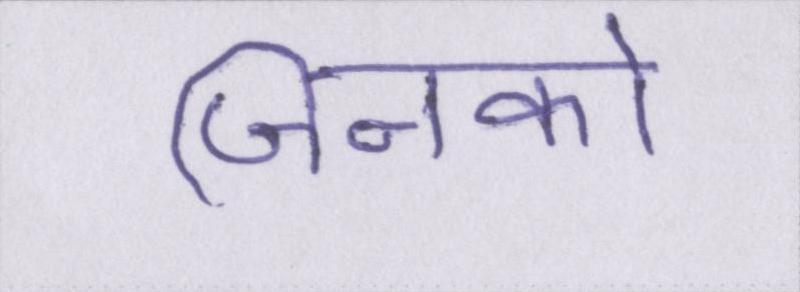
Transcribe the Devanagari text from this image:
जिनको